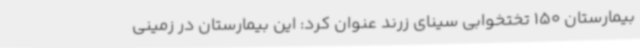
بیمارستان 150 تختخوابی سینای زرند عنوان کرد: این بیمارستان در زمینی